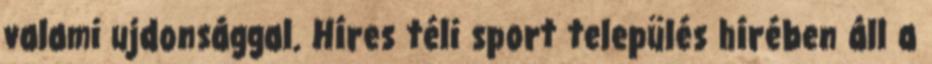
valami ujdonsággal. Híres téli sport település hírében áll a